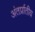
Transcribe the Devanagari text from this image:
अंतर्प्रातीय